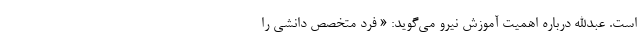
است. عبدالله درباره اهمیت آموزش نیرو می‌گوید: « فرد متخصص دانشی را